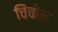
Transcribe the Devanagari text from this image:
चिंचोन